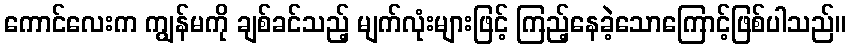
ကောင်လေးက ကျွန်မကို ချစ်ခင်သည့် မျက်လုံးများဖြင့် ကြည့်နေခဲ့သောကြောင့်ဖြစ်ပါသည်။